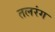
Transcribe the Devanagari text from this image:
तलरंग